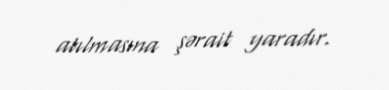
atılmasına şərait yaradır.